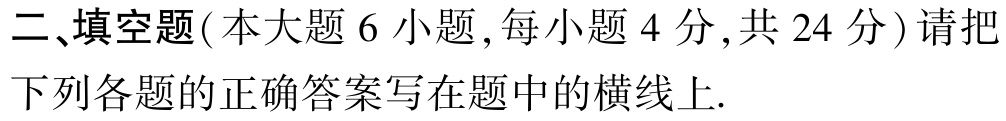
二、填空题(本大题 6 小题,每小题 4 分,共 24 分) 请把下列各题的正确答案写在题中的横线上.